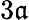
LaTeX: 3\mathfrak{a}